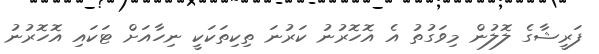
ފަރީޝާގެ ލޮލުން މިވަގުތު އެ އޮހޮރުނު ކަރުނަ ތިކިތަކަކީ ނިހާއަށް ޓަކައި އޮހޮރުނު